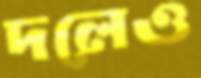
দলেও